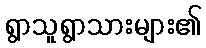
ရွာသူရွာသားများ၏